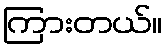
ကြားတယ်။